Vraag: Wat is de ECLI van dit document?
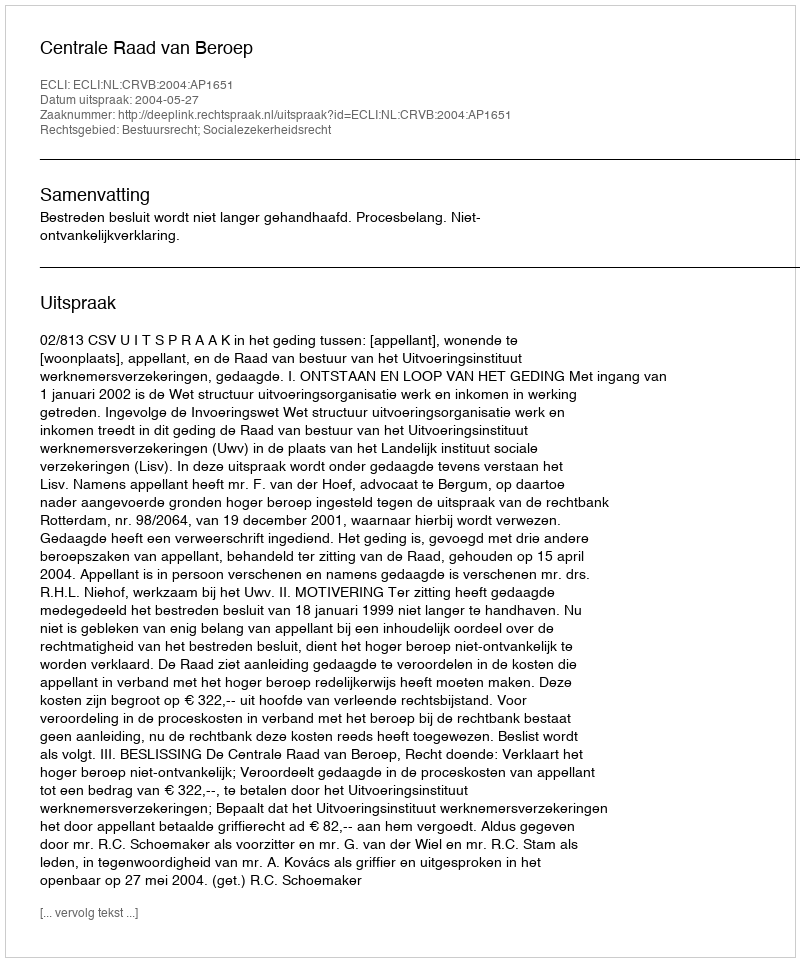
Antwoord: ECLI:NL:CRVB:2004:AP1651